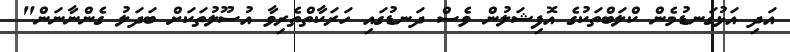
އަދި އަޅުގަނޑުމެން ކްލަބްތަކުގެ އޮފިޝަލުން ވެސް ދަނޑުގައި ހަރަކާތްތެރިވާ އުސޫލުތަކަށް ބަދަލު ގެންނާނަން"